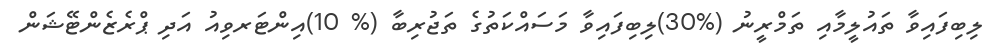
ލިބިފައިވާ ތައުލީމާއި ތަމްރީނު (%30)ލިބިފައިވާ މަސައްކަތުގެ ތަޖުރިބާ (% 10)އިންޓަރވިއު އަދި ޕްރެޒެންޓޭޝަން